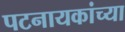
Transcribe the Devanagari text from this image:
पटनायकांच्या